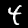
Label: 4